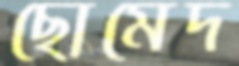
ছোমেদ